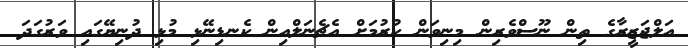
އަލްޖަޒީރާގެ ތިން ނޫސްވެރިން މިނިވަން ކުރުމަށް އެޗެނަލްއިން ކެނޑިނޭޅި މުޅި ދުނިޔޭގައި ވަރުގަދަ